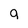
Character: g